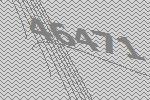
46471